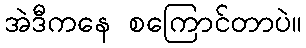
အဲဒီကနေ စကြောင်တာပဲ။